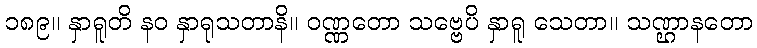
၁၈၉။ နှာရူတိ နဝ နှာရုသတာနိ။ ဝဏ္ဏတော သဗ္ဗေပိ နှာရူ သေတာ။ သဏ္ဌာနတော